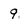
Character: 9